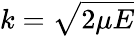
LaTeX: k=\sqrt{2\mu E}